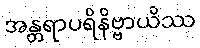
အန္တရာပရိနိဗ္ဗာယိဿ